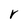
Character: r